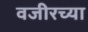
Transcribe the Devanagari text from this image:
वजीरच्या